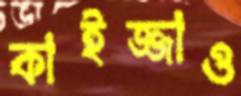
কাইজ্জাও